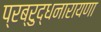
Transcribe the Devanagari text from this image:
प्रब्रुद्धनारायणा